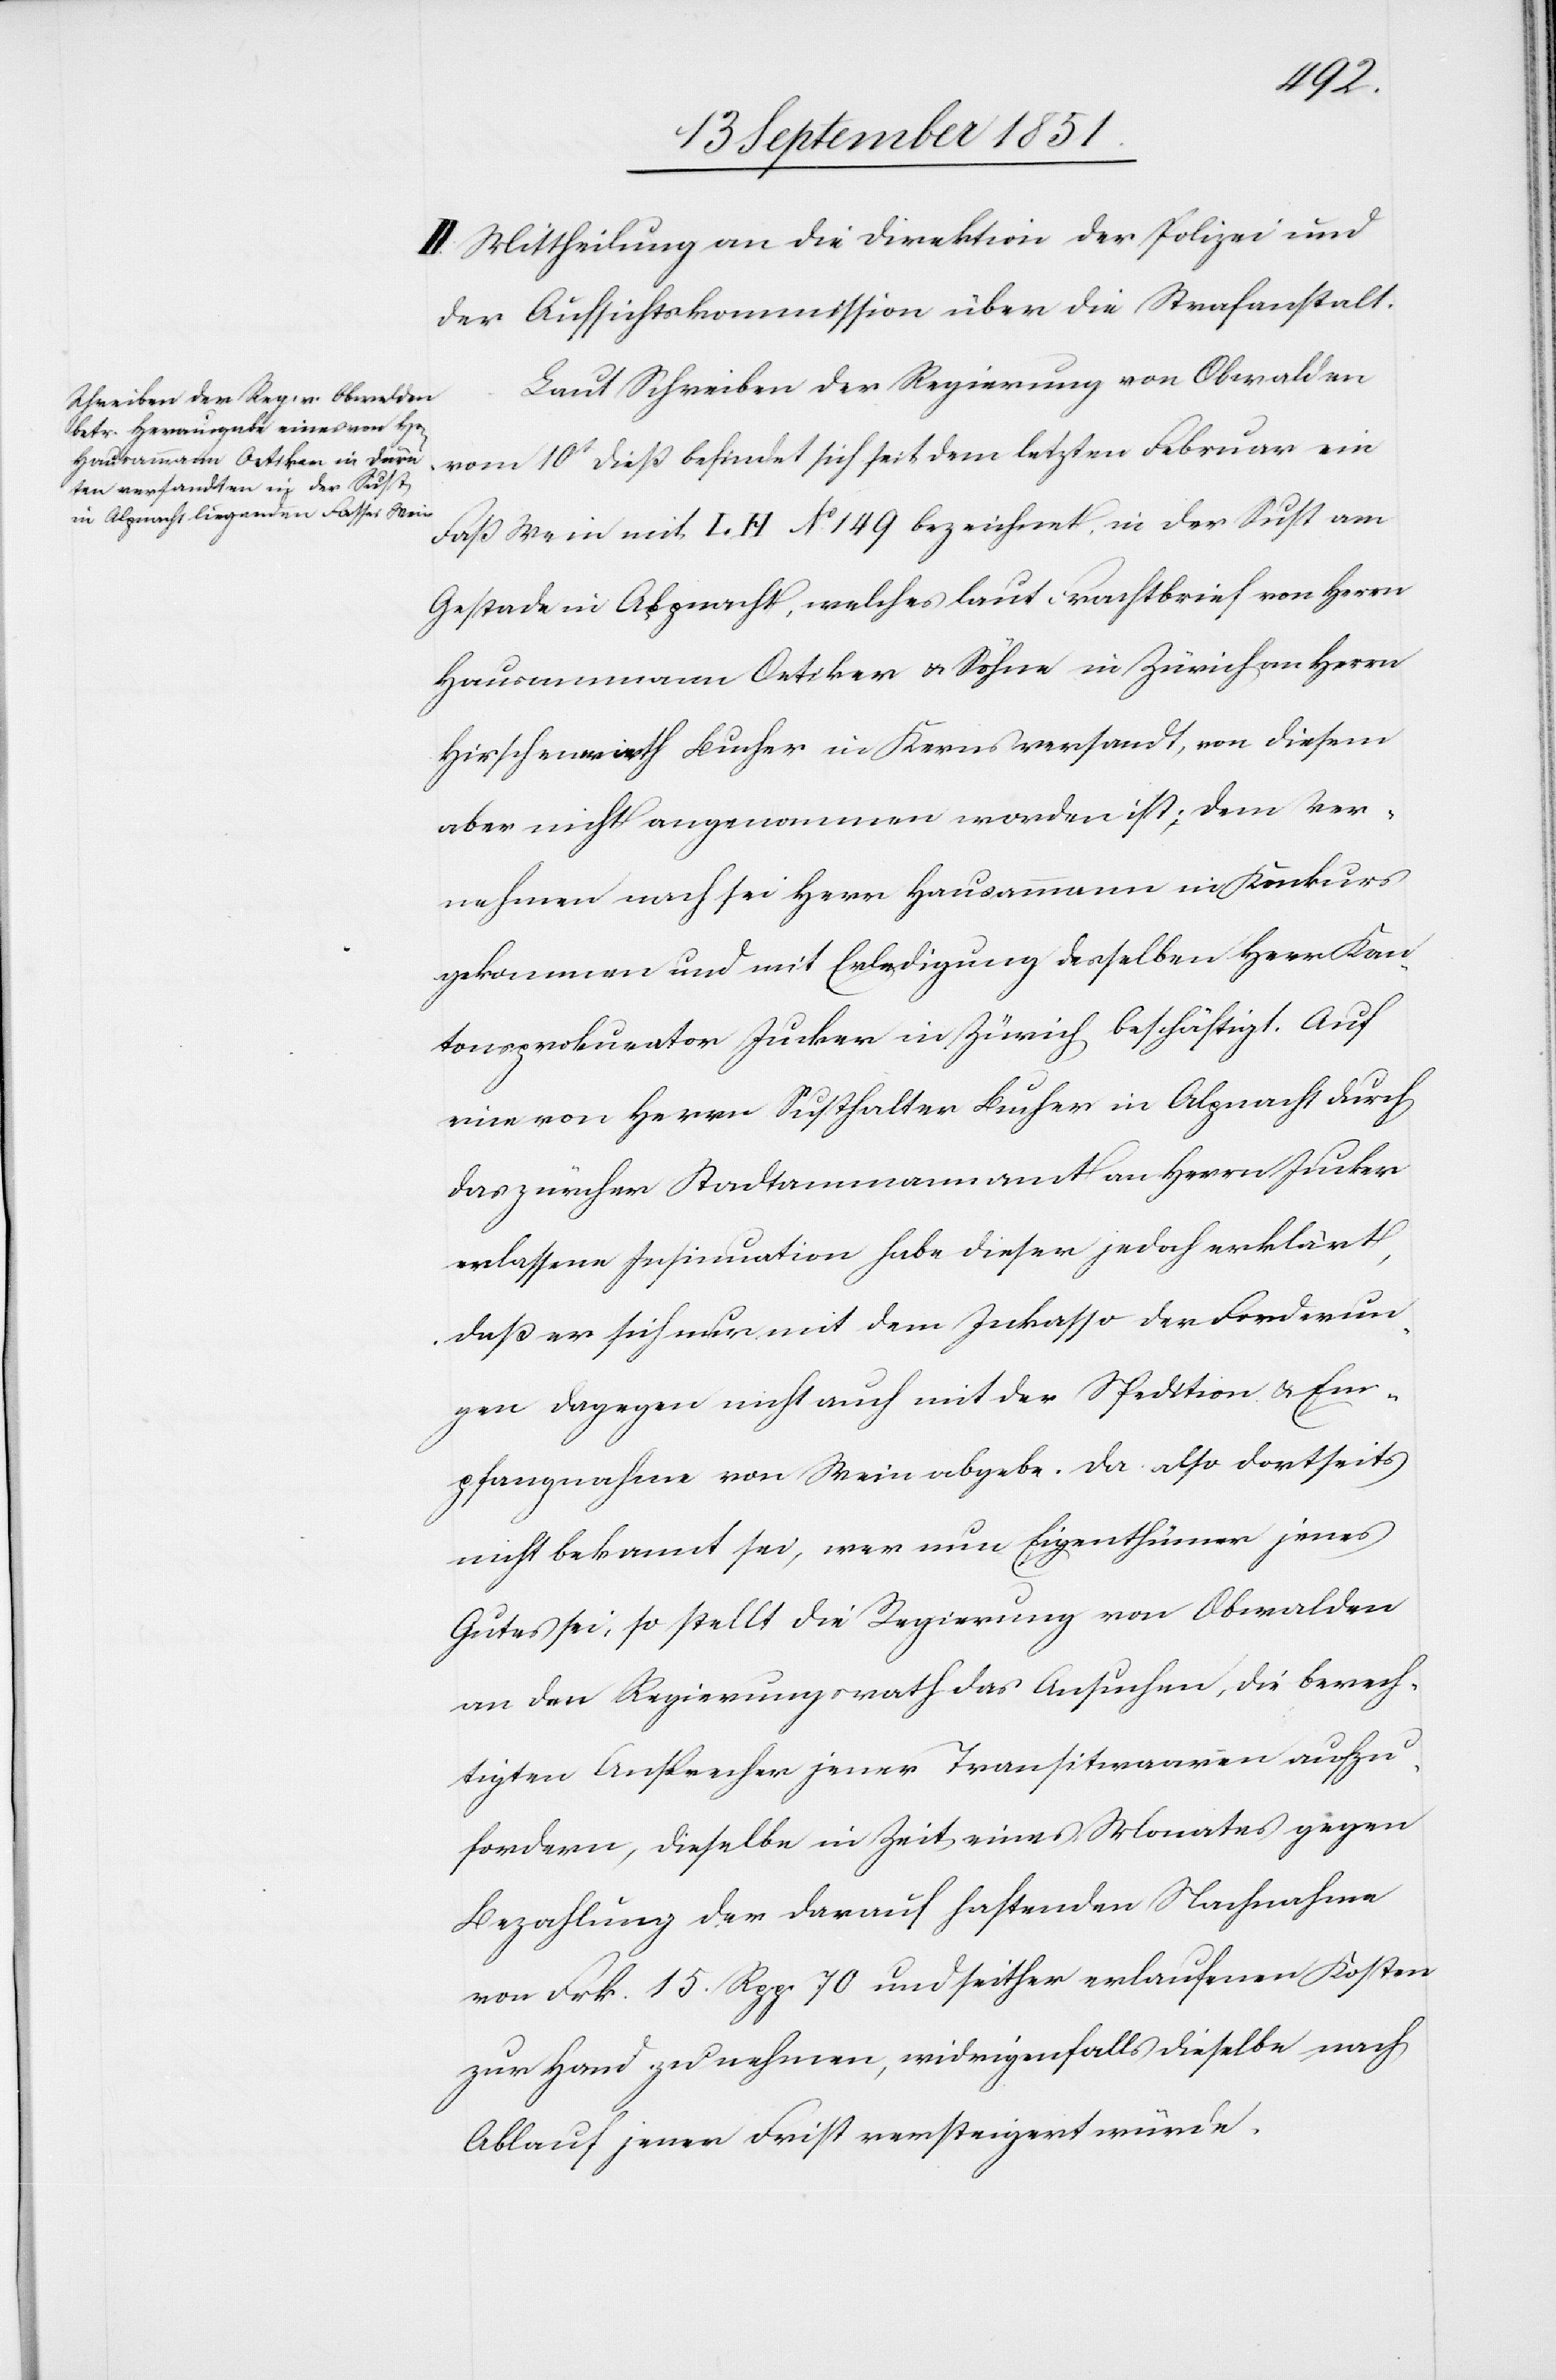
II[I]. Mittheilung an die Direktion der Polizei und
der Aufsichtskommission über die Strafanstalt.
Laut Schreiben der Regierung von Obwalden
vom 10t dieß befindet sich seit dem letzten Februar ein
Faß Wein mit LH No. 149 bezeichnet in der Sust am
Gestade in Alpnacht, welches laut Frachtbrief von Herrn
Hausammann Oetiker & Söhne in Zürich an Herrn
Hirschenwirth Bucher in Kerns versandt, von diesem
aber nicht angenommen worden ist; dem Ver¬
nehmen nach sei Herr Hausammann in Konkurs
gekommen und mit Erledigung desselben Herr Kan¬
tonsprokurator Jucker in Zürich beschäftigt. Auf
eine von Herrn Susthalter Bucher in Alpnacht durch
das zürcher Stadtammannamt an Herrn Jucker
erlassene Insinuation habe dieser jedoch erklärt,
daß er sich nur mit dem Inkasso der Forderun¬
gen dagegen nicht auch mit der Spedition & Em¬
pfangnahme von Wein abgebe. Da also dortseits
nicht bekannt sei, wer nun Eigenthümer jenes
Gutes sei, so stellt die Regierung von Obwalden
an den Regierungsrath das Ansuchen, die berech¬
tigten Ansprecher jener Transitwaaren aufzu¬
fordern, dieselbe in Zeit eines Monates gegen
Bezahlung der darauf haftenden Nachnahme
von Frk. 15. Rpp. 70 und seither erlaufenen Kosten
zur Hand zu nehmen, widrigenfalls dieselbe nach
Ablauf jener Frist versteigert würde.